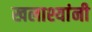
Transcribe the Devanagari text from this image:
खलाश्यांनी